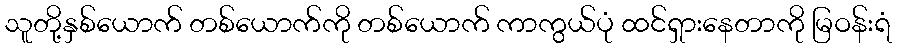
သူတို့နှစ်ယောက် တစ်ယောက်ကို တစ်ယောက် ကာကွယ်ပုံ ထင်ရှားနေတာကို မြဝန်းရံ